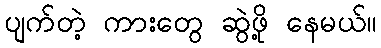
ပျက်တဲ့ ကားတွေ ဆွဲဖို့ နေမယ်။